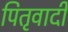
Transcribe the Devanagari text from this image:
पितृवादी